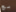
بع